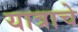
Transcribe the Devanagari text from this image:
यात्राचे